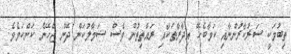
ތިބުމަކީ ސަރުކާރުންނާއި ކަމާބެހޭ އިދާރާތަކާއި ރައްތިތުން ވެސް ސަމާލުކަން ދޭން ޖެހޭނެ ކަންކަމެވެ.